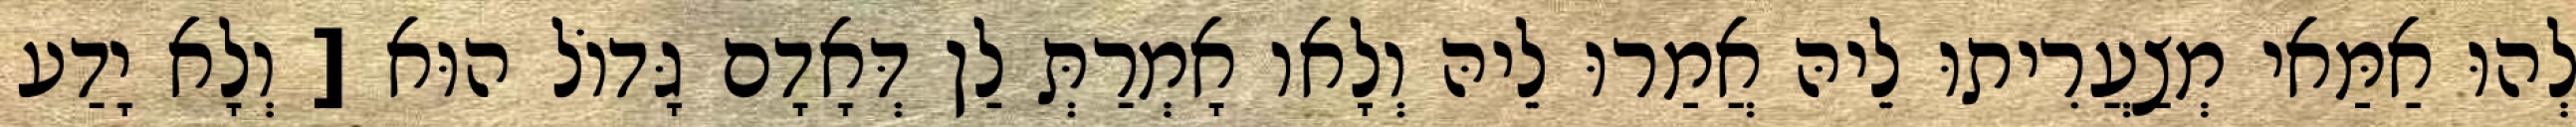
לְהוּ אַמַּאי מְצַעֲרִיתוּ לֵיהּ אֲמַרוּ לֵיהּ וְלָאו אָמְרַתְּ לַן דְּאָדָם גָּדוֹל הוּא [ וְלָא יָדַע